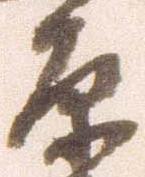
原